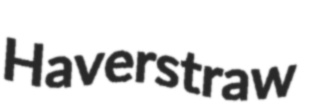
Haverstraw